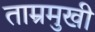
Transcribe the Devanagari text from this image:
ताम्रमुखी